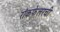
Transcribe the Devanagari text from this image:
रॉकफेलरची